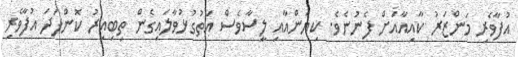
އުފާވެރި މަންޒަރު ކާއިއާއަށް ފެނުނެވެ. ކިޔަންއާއި ލީސާވެސް އަތުގުޅުވާލައިގެން ތިބިއިރު ކޮންފަދަ އުފާވެރި